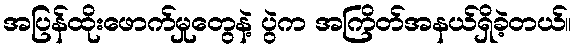
အပြန်ထိုးဖောက်မှုတွေနဲ့ ပွဲက အကြိတ်အနယ်ရှိခဲ့တယ်။